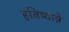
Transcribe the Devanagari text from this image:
हविष्यान्ने